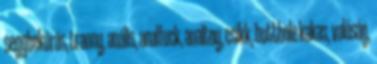
seggbekúrás, tranny, anális, analfuck, analtoy, csikk, butthole kakas, valóság,